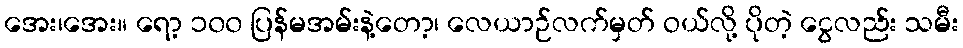
အေး၊အေး။ ရော့ ၁၀၀ ပြန်မအမ်းနဲ့တော့၊ လေယာဉ်လက်မှတ် ဝယ်လို့ ပိုတဲ့ ငွေလည်း သမီး